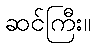
ဆင်ကြီး။